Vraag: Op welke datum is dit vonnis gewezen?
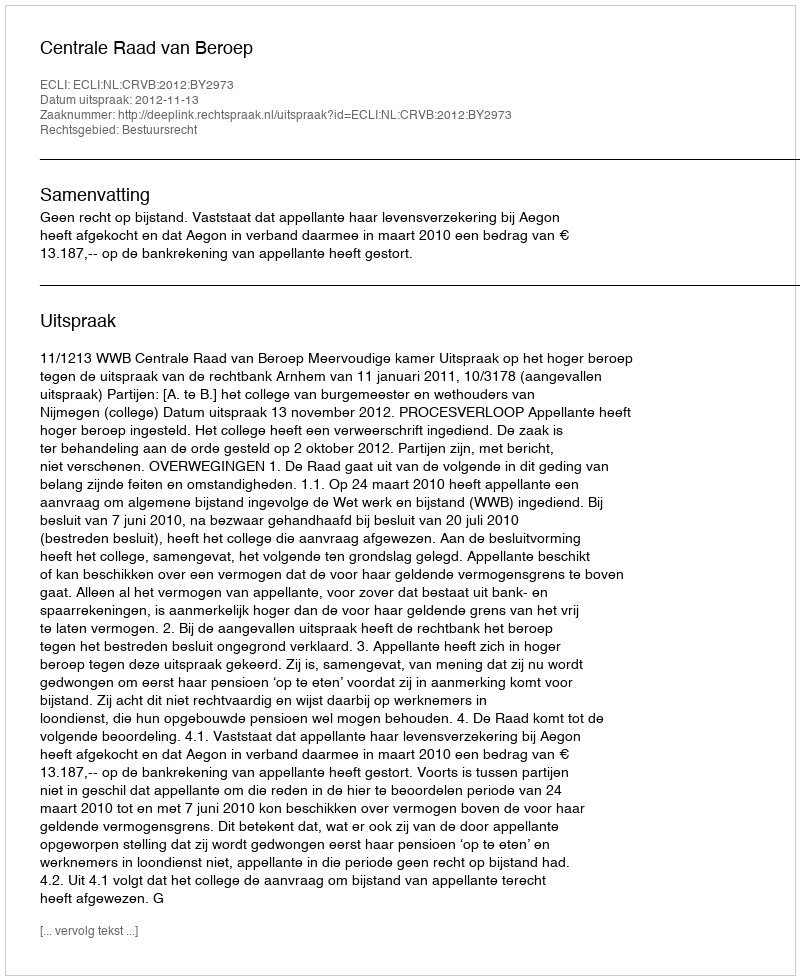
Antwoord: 2012-11-13